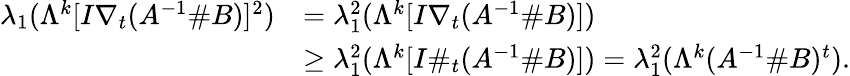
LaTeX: \begin{array}{rl}{\lambda_{1}(\Lambda^{k}[I\nabla_{t}(A^{-1}\# B)]^{2})}&{=\lambda_{1}^{2}(\Lambda^{k}[I\nabla_{t}(A^{-1}\# B)])}\\ &{\geq\lambda_{1}^{2}(\Lambda^{k}[I\# _{t}(A^{-1}\# B)])=\lambda_{1}^{2}(\Lambda^{k}(A^{-1}\# B)^{t}).}\end{array}